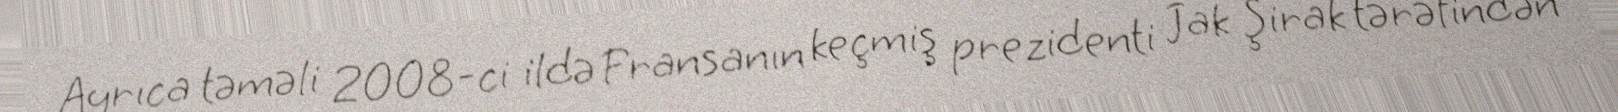
Ayrıca təməli 2008-ci ildə Fransanın keçmiş prezidenti Jak Şirak tərəfindən